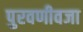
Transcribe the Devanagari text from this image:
पुरवणीवजा